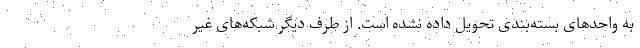
به واحدهای بسته‌بندی تحویل داده نشده است. از طرف دیگر شبکه‌های غیر